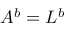
A ^ { b } = L ^ { b }